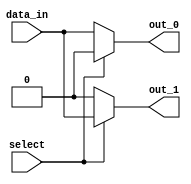
module demux_1to2 (
  input wire data_in,
  input wire select,
  output reg out_0,
  output reg out_1
);
  
  // Combinational logic for demultiplexer
  always @*
  begin
    if (select == 0)
    begin
      out_0 <= data_in;
      out_1 <= 1'b0;
    end
    else
    begin
      out_0 <= 1'b0;
      out_1 <= data_in;
    end
  end
  
endmodule